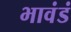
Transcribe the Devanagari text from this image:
भावंडं